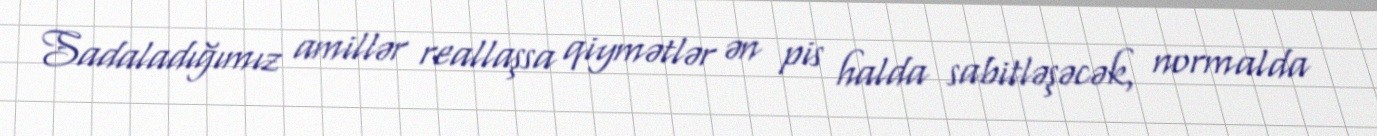
Sadaladığımız amillər reallaşsa qiymətlər ən pis halda sabitləşəcək, normalda